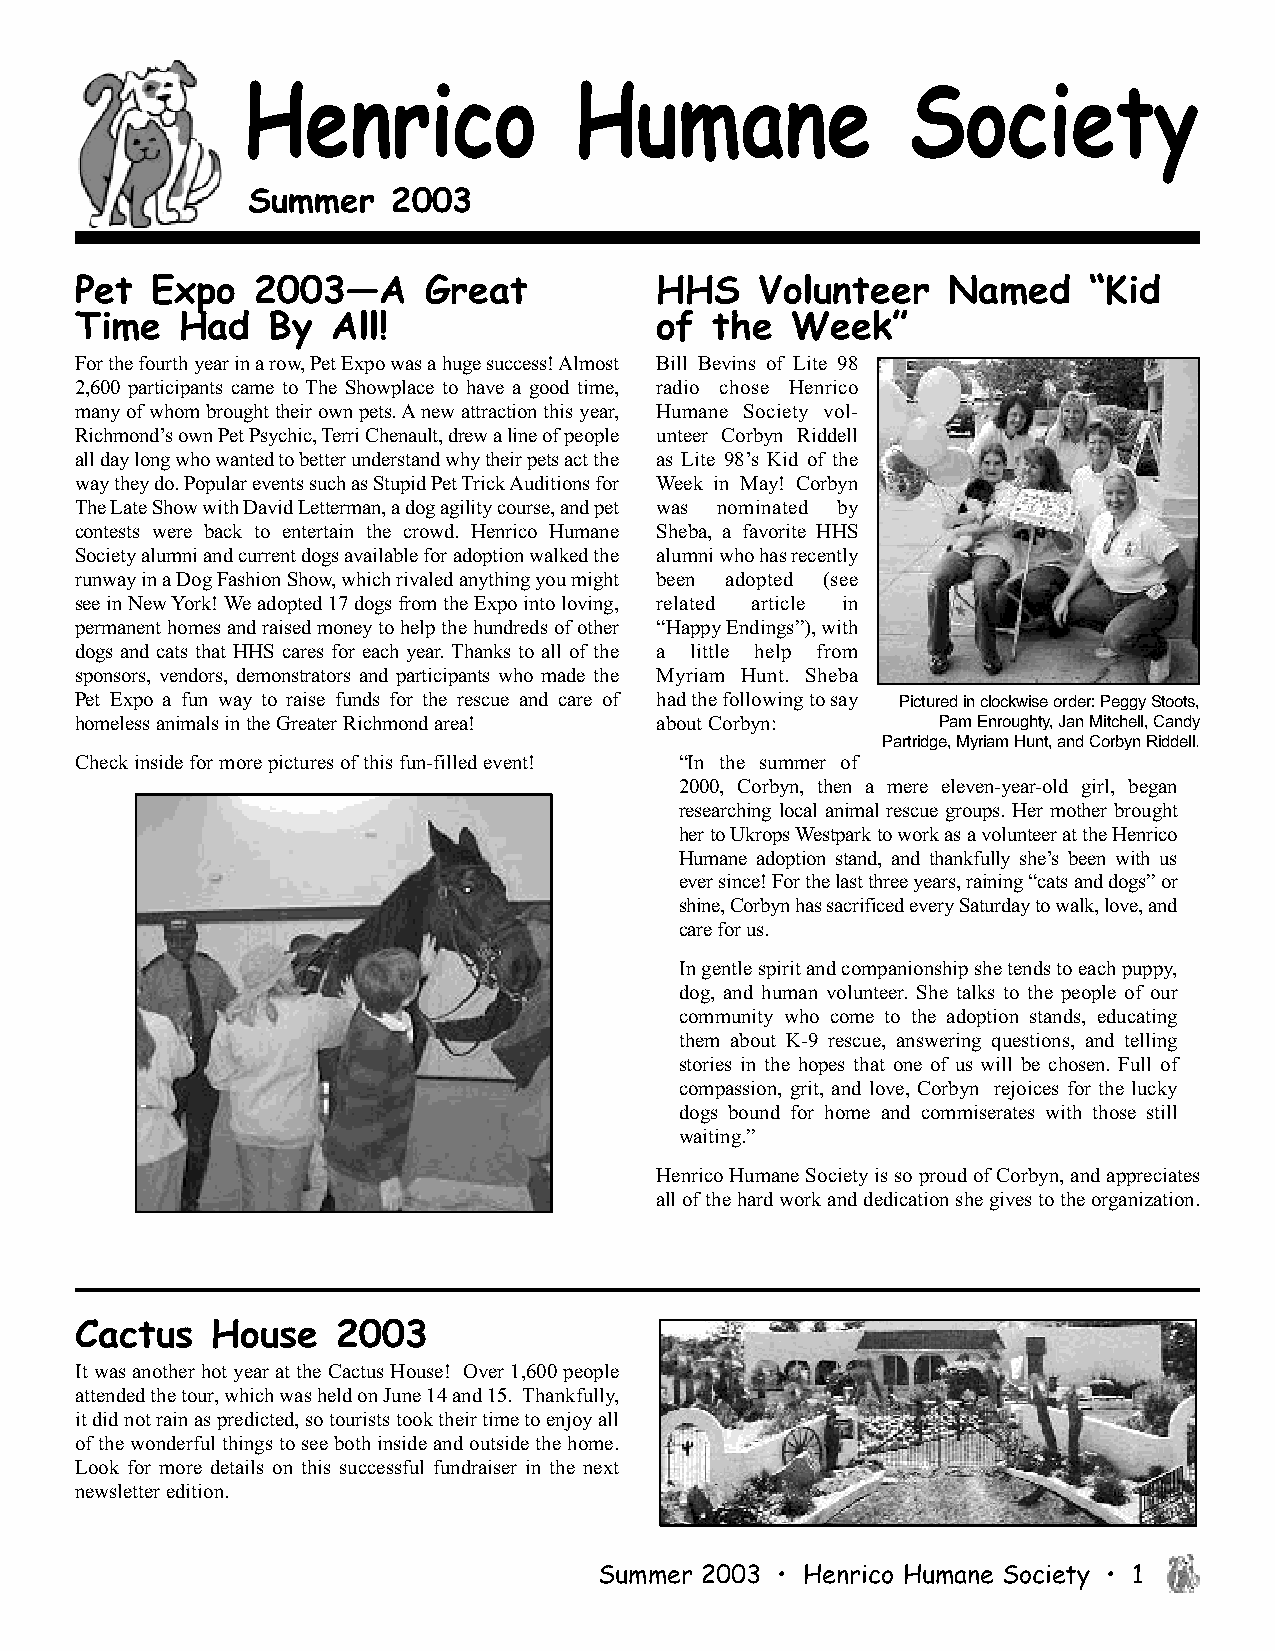
Henrico               Humane                Society
 Summer    2003
 Pet  Expo   2003—A     Great          HHS    Volunteer    Named    “Kid
 Time   Had   By  All!                 of  the  Week”
 For the fourth year in a row, Pet Expo was a huge success! Almost Bill Bevins of Lite 98
 2,600 participants came to The Showplace to have a good time, radio chose Henrico
 many of whom brought their own pets. Anew attraction this year, Humane Society vol-
 Richmond’s own Pet Psychic, Terri Chenault, drew a line of people unteer Corbyn Riddell
 all day long who wanted to better understand why their pets act the as Lite 98’s Kid of the
 way they do. Popular events such as Stupid Pet Trick Auditions for Week in May! Corbyn
 The Late Show with David Letterman, a dog agility course, and pet was nominated by
 contests were back to entertain the crowd. Henrico Humane Sheba, a favorite HHS
 Society alumni and current dogs available for adoption walked the alumni who has recently
 runway in a Dog Fashion Show, which rivaled anything you might been adopted (see
 see in New York! We adopted 17 dogs from the Expo into loving, related article in
 permanent homes and raised money to help the hundreds of other “Happy Endings”), with
 dogs and cats that HHS cares for each year. Thanks to all of the a little help from
 sponsors, vendors, demonstrators and participants who made the Myriam Hunt. Sheba
 Pet Expo a fun way to raise funds for the rescue and care of had the following to say Pictured in clockwise order: Peggy Stoots,
 homeless animals in the Greater Richmond area! about Corbyn: Pam Enroughty, Jan Mitchell, Candy
 Partridge, Myriam Hunt, and Corbyn Riddell.
 Check inside for more pictures of this fun-filled event! “In the summer of
 2000, Corbyn, then a mere eleven-year-old girl, began
 researching local animal rescue groups. Her mother brought
 her to Ukrops Westpark to work as a volunteer at the Henrico
 Humane adoption stand, and thankfully she’s been with us
 ever since! For the last three years, raining “cats and dogs” or
 shine, Corbyn has sacrificed every Saturday to walk, love, and
 care for us.
 In gentle spirit and companionship she tends to each puppy,
 dog, and human volunteer. She talks to the people of our
 community who come to the adoption stands, educating
 them about K-9 rescue, answering questions, and telling
 stories in the hopes that one of us will be chosen. Full of
 compassion, grit, and love, Corbyn rejoices for the lucky
 dogs bound for home and commiserates with those still
 waiting.”
 Henrico Humane Society is so proud of Corbyn, and appreciates
 all of the hard work and dedication she gives to the organization.
 Cactus   House   2003
 It was another hot year at the Cactus House! Over 1,600 people
 attended the tour, which was held on June 14 and 15. Thankfully,
 it did not rain as predicted, so tourists took their time to enjoy all
 of the wonderful things to see both inside and outside the home.
 Look for more details on this successful fundraiser in the next
 newsletter edition.
 Summer 2003 • Henrico Humane Society • 1